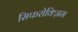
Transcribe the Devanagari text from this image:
सिफरोक्ज़िम